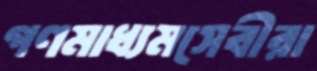
গণমাধ্যমসেবীরা